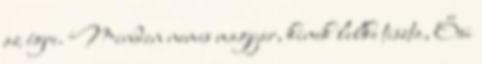
az égre. Minden nemes magyar, kinek lelke tiszta, Ősi